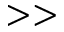
> >